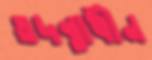
তদন্তাধীন